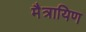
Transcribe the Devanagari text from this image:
मैत्रायिण